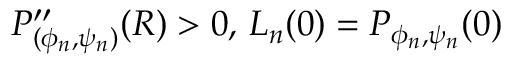
P _ { ( \phi _ { n } , \psi _ { n } ) } ^ { \prime \prime } ( R ) > 0 , \, L _ { n } ( 0 ) = P _ { \phi _ { n } , \psi _ { n } } ( 0 )